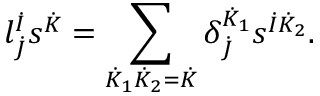
l _ { \dot { J } } ^ { \dot { I } } s ^ { \dot { K } } = \sum _ { \dot { K } _ { 1 } \dot { K } _ { 2 } = \dot { K } } \delta _ { \dot { J } } ^ { \dot { K } _ { 1 } } s ^ { \dot { I } \dot { K } _ { 2 } } .